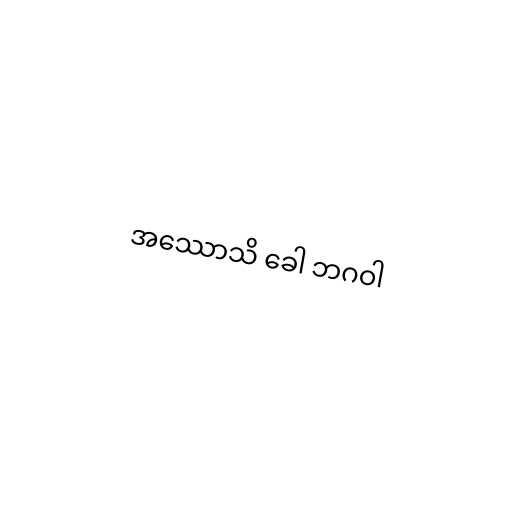
အဿောသိ ခေါ ဘဂဝါ